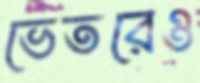
ভেতরেও